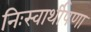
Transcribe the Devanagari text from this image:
निःस्वार्थीपणा